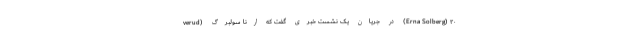
verud) در جریان یک نشست خبری گفت که ارنا سولبرگ (Erna Solberg) ۲۰